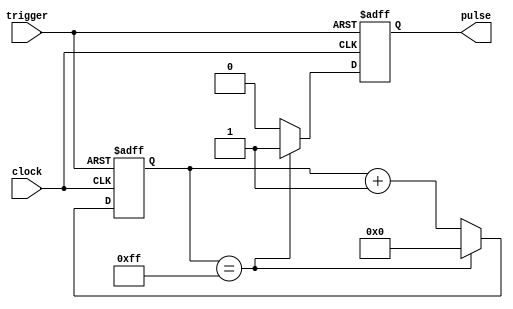
module async_pulse_generator(
    input clock,
    input trigger,
    output reg pulse
);

reg [7:0] counter;

always @(posedge clock or posedge trigger) begin
    if (trigger) begin
        counter <= 8'b00000001;
        pulse <= 1'b0;
    end else begin
        if (counter == 8'b11111111) begin
            counter <= 8'b00000000;
            pulse <= 1'b1;
        end else begin
            counter <= counter + 1;
            pulse <= 1'b0;
        end
    end
end

endmodule